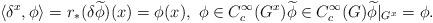
LaTeX: \begin{align*} \langle \delta^x,\phi \rangle =r_*(\delta \widetilde{\phi})(x) =\phi(x),\ \phi\in C^\infty_c(G^x) \widetilde{\phi} \in C^\infty_c(G) \widetilde{\phi}|_{G^x}=\phi .\end{align*}